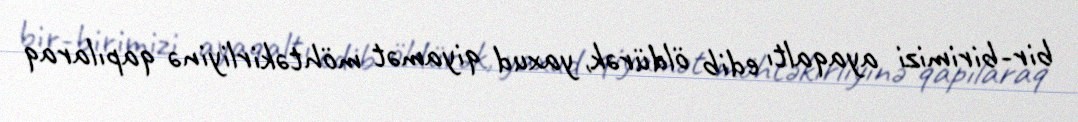
bir-birimizi ayaqaltı edib öldürək, yaxud qiyamət möhtəkirliyinə qapılaraq